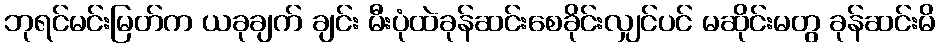
ဘုရင်မင်းမြတ်က ယခုချက် ချင်း မီးပုံထဲခုန်ဆင်းစေခိုင်းလျှင်ပင် မဆိုင်းမတွ ခုန်ဆင်းမိ